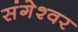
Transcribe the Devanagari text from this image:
संगेश्वर